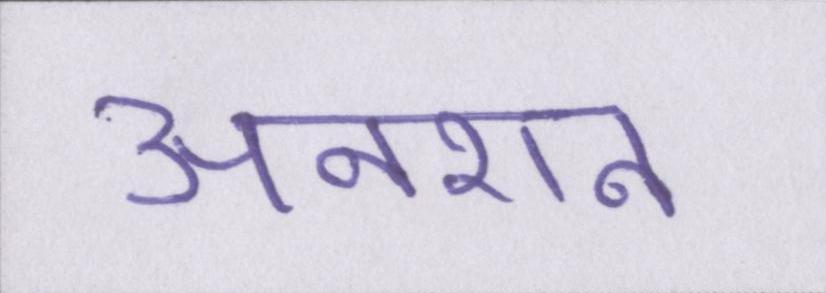
अनशन